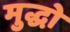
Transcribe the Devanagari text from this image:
मुद्धो